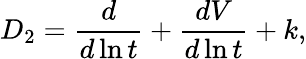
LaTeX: D_{2}=\frac{d}{d\ln t}+\frac{dV}{d\ln t}+k,